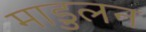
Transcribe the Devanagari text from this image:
माडुलन